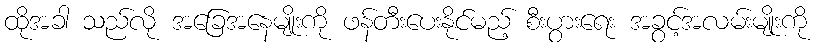
ထိုအခါ သည်လို အခြေအနေမျိုးကို ဖန်တီးပေးနိုင်မည့် စီးပွားရေး အခွင့်အလမ်းမျိုးကို